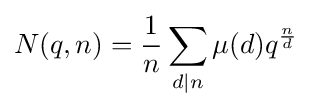
N(q,n)={\frac {1}{n}}\sum _{d\mid n}\mu (d)q^{\frac {n}{d}}